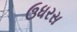
ઉધરસ